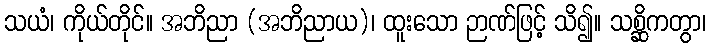
သယံ၊ ကိုယ်တိုင်။ အဘိညာ (အဘိညာယ)၊ ထူးသော ဉာဏ်ဖြင့် သိ၍။ သစ္ဆိကတွာ၊